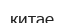
китае